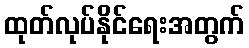
ထုတ်လုပ်နိုင်ရေးအတွက်